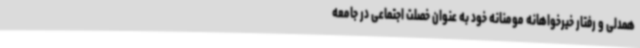
همدلی و رفتار خیرخواهانه مومنانه خود به عنوان خصلت اجتماعی در جامعه